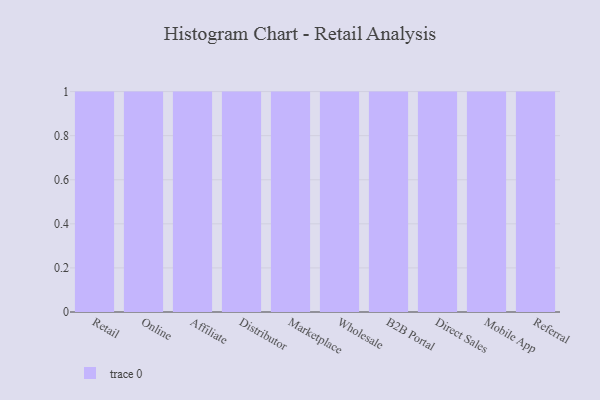
{"axis": {"x": "Channel", "y": "Backlog"}, "legend": [""], "data": [{"x": "Retail", "y": 75, "type": ""}, {"x": "Online", "y": 37, "type": ""}, {"x": "Affiliate", "y": 65, "type": ""}, {"x": "Distributor", "y": 78, "type": ""}, {"x": "Marketplace", "y": 3, "type": ""}, {"x": "Wholesale", "y": 28, "type": ""}, {"x": "B2B Portal", "y": 7, "type": ""}, {"x": "Direct Sales", "y": 15, "type": ""}, {"x": "Mobile App", "y": 17, "type": ""}, {"x": "Referral", "y": 16, "type": ""}]}